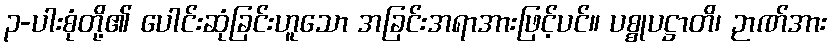
၃-ပါးစုံတို့၏ ပေါင်းဆုံခြင်းဟူသော အခြင်းအရာအားဖြင့်ပင်။ ပစ္စုပဋ္ဌာတိ၊ ဉာဏ်အား